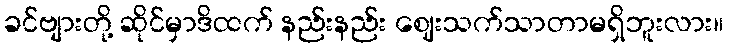
ခင်ဗျားတို့ ဆိုင်မှာဒိထက် နည်းနည်း ဈေးသက်သာတာမရှိဘူးလား။